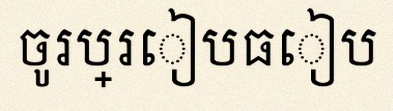
ចូរប្រៀបធៀប